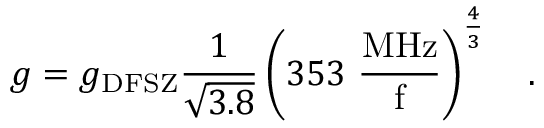
g = g _ { \mathrm { D F S Z } } { \frac { 1 } { \sqrt { 3 . 8 } } } \left( { 3 5 3 ~ \mathrm { \frac { M H z } { f } } } \right) ^ { \frac { 4 } { 3 } } ~ ~ \ .